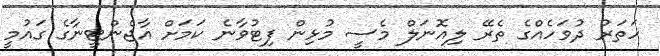
ހަތަރު ދުވަހެއްގެ ތެރޭ ލިއޮނަލް މެސީ މުޅިން ފިޓުވާނެ ކަމަށް އާޖެންޓީނާގެ ގައުމީ